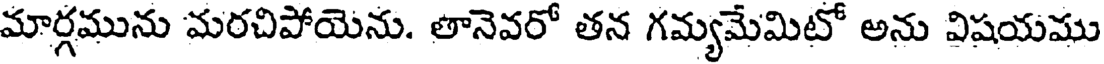
మార్గమును మరచిపోయెను. తానెవరో తన గమ్యమేమిటో అను విషయము